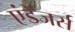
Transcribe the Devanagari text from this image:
एंडेंजर्स